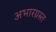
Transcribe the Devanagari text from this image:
अभारग्रस्त